Source: Handwritten
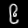
Digit: ၉ (9)